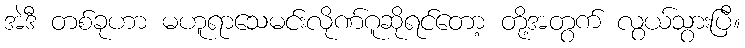
အဲဒီ တစ်ခုဟာ မဟူရာသေမင်းလိုဏ်ဂူဆိုရင်တော့ တို့အတွက် လွယ်သွားပြီ။